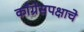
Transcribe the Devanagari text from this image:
काँग्रेसपक्षाचे